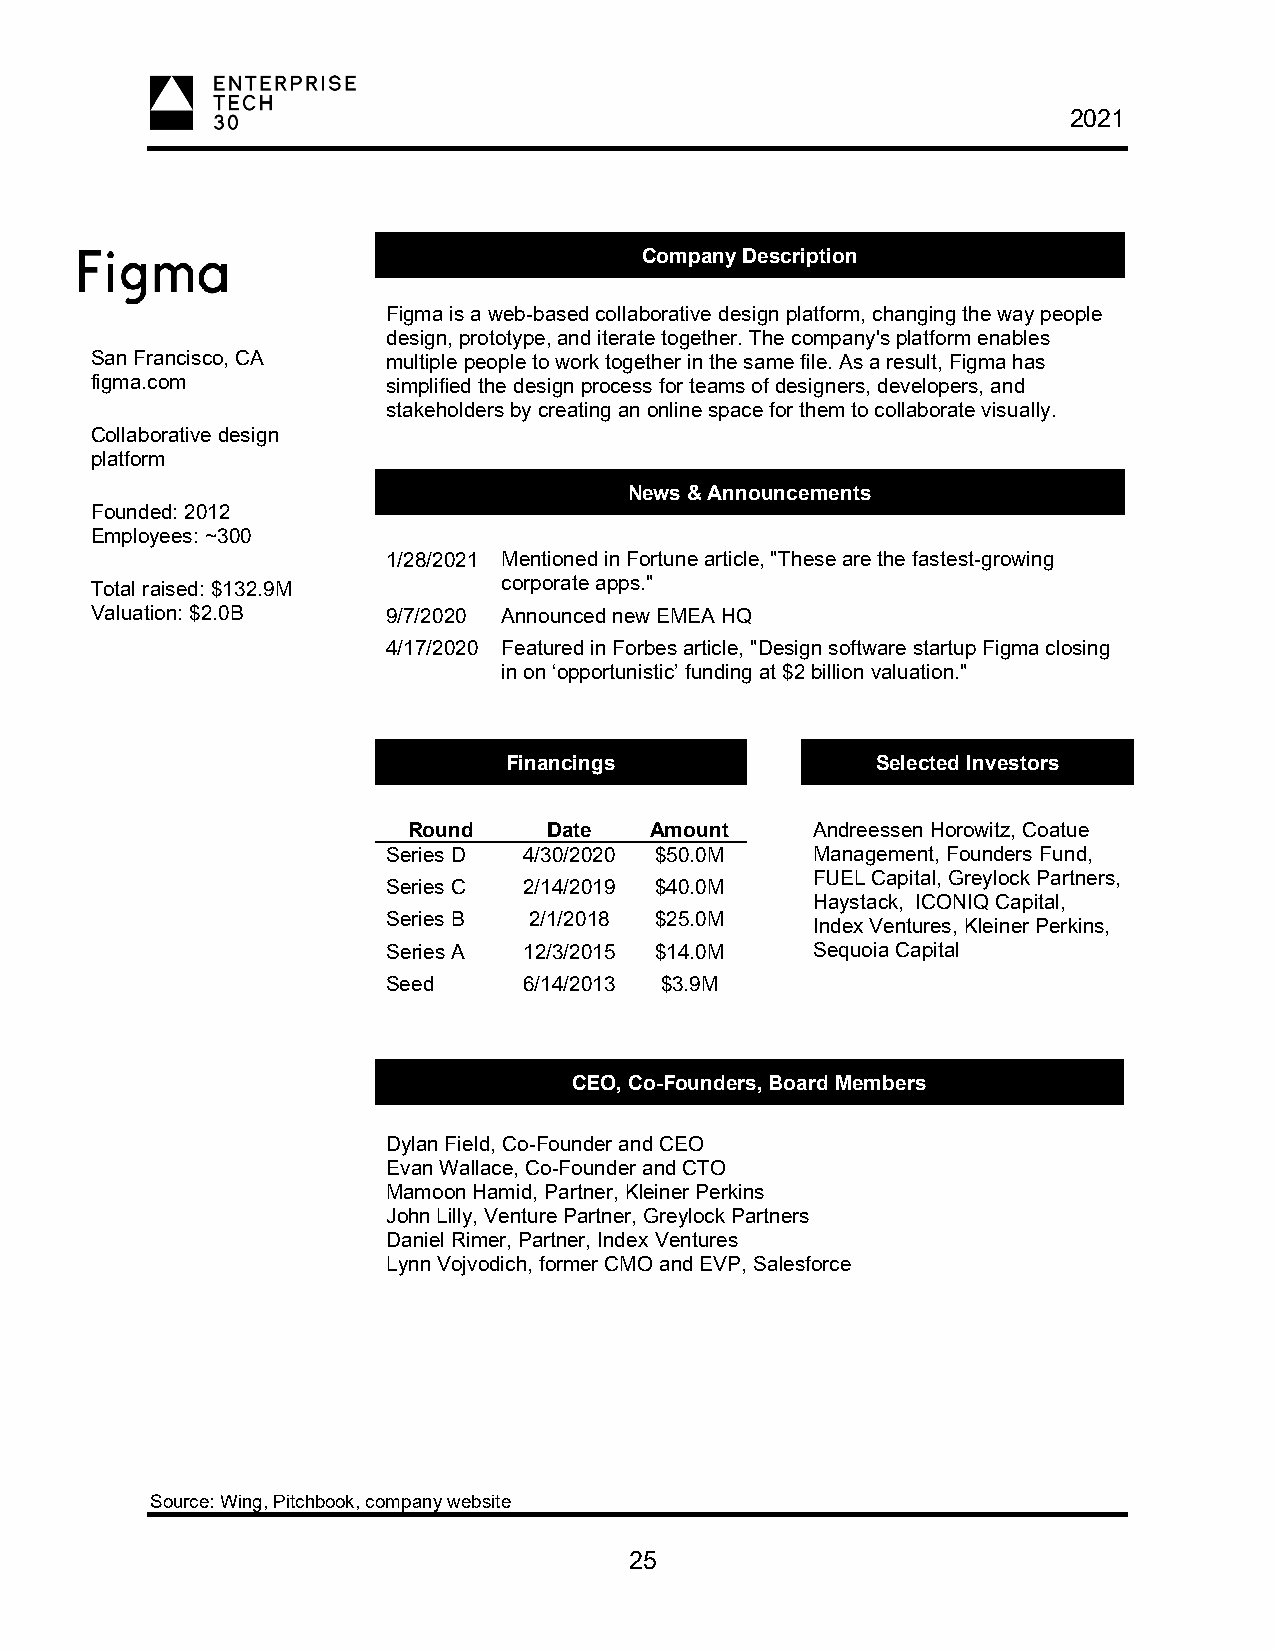
2021
 Company Description
 Figma is a web-based collaborative design platform, changing the way people
 design, prototype, and iterate together. The company's platform enables
 San Francisco, CA   multiple people to work together in the same file. As a result, Figma has
 figma.com           simplified the design process for teams of designers, developers, and
 stakeholders by creating an online space for them to collaborate visually.
 Collaborative design
 platform
 News & Announcements
 Founded: 2012
 Employees: ~300
 1/28/2021 Mentioned in Fortune article, "These are the fastest-growing
 Total raised: $132.9M      corporate apps."
 Valuation: $2.0B    9/7/2020 Announced new EMEA HQ
 4/17/2020 Featured in Forbes article, "Design software startup Figma closing
 in on ‘opportunistic’ funding at $2 billion valuation."
 Financings               Selected Investors
 Round    Date   Amount     Andreessen Horowitz, Coatue
 Series D 4/30/2020 $50.0M   Management, Founders Fund,
 FUEL Capital, Greylock Partners,
 Series C 2/14/2019 $40.0M
 Haystack, ICONIQ Capital,
 Series B 2/1/2018 $25.0M
 Index Ventures, Kleiner Perkins,
 Series A 12/3/2015 $14.0M   Sequoia Capital
 Seed     6/14/2013 $3.9M
 CEO, Co-Founders, Board Members
 Dylan Field, Co-Founder and CEO
 Evan Wallace, Co-Founder and CTO
 Mamoon Hamid, Partner, Kleiner Perkins
 John Lilly, Venture Partner, Greylock Partners
 Daniel Rimer, Partner, Index Ventures
 Lynn Vojvodich, former CMO and EVP, Salesforce
 Source: Wing, Pitchbook, company website
 25